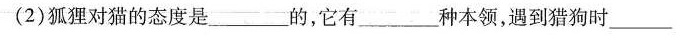
(2)狐狸对猫的态度是___的，它有___种本领，遇到猎狗时___。